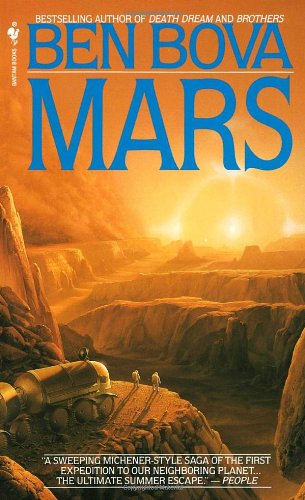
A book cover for Mars; Ben Bova; Science Fiction & Fantasy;